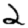
Digit: 2